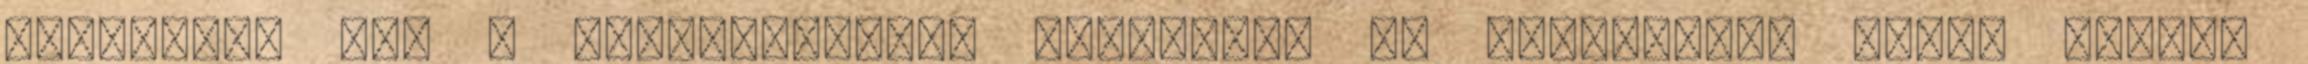
mindenből ami a történelemben borzalmas és embertelen volt, legyen